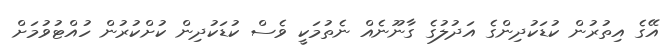
އޭގެ އިތުރުން ކުޑަކުދިންގެ އަދުލުގެ ގާނޫނެއް ނެތުމަކީ ވެސް ކުޑަކުދިން ކުށްކުރުން ހުއްޓުވުމަށް